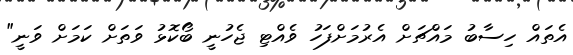
އެތައް ހިސާބު މައްޗަށް އެރުމަށްފަހު ވެއްޓި ޖެހުނީ ބޯކޮޅު ވަތަށް ކަމަށް ވަނީ"